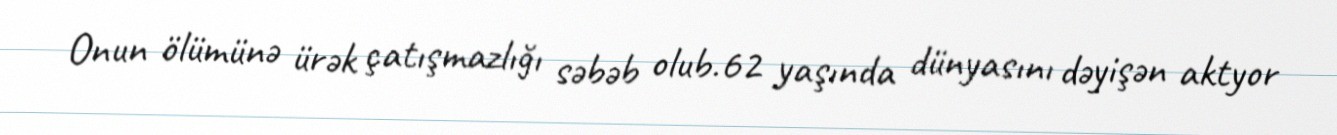
Onun ölümünə ürək çatışmazlığı səbəb olub.62 yaşında dünyasını dəyişən aktyor